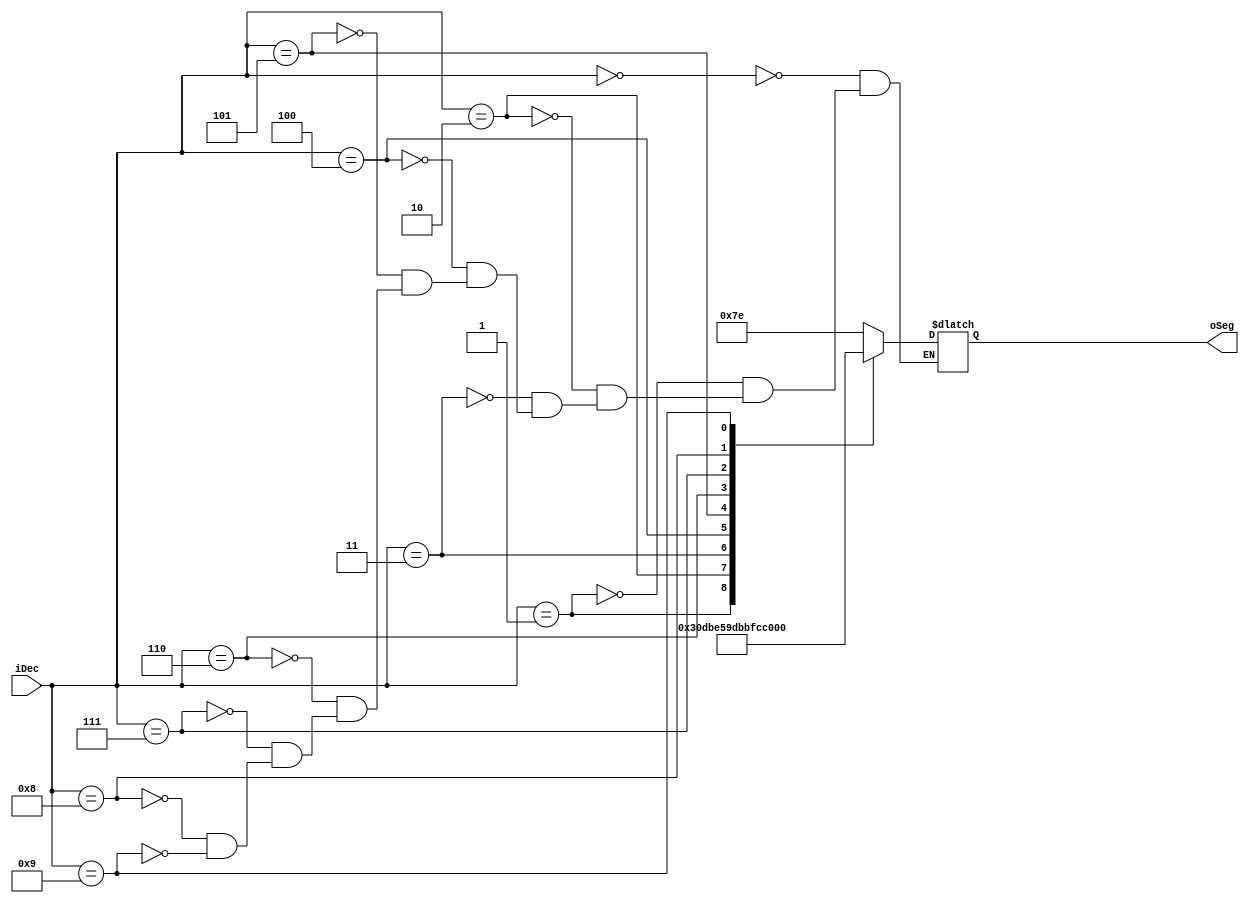
`timescale 1ns / 1ps
//////////////////////////////////////////////////////////////////////////////////
// Company: 
// Engineer: 
// 
// Design Name: 
// Module Name: Dec27SegDecoder
// Project Name: 
// Target Devices: 
// Tool Versions: 
// Description: 
// 
// Dependencies: 
// 
// Revision:
// Revision 0.01 - File Created
// Additional Comments:
// 
//////////////////////////////////////////////////////////////////////////////////


module Dec27SegDecoder(
    input   [3:0]   iDec,
    
    output  [6:0]   oSeg
    );
    
    reg [6:0] rSeg;
    
    always@(*) begin
        case(iDec)
            4'd0 : rSeg = 7'b111_1110;
            4'd1 : rSeg = 7'b011_0000;
            4'd2 : rSeg = 7'b110_1101;
            4'd3 : rSeg = 7'b111_1001;
            4'd4 : rSeg = 7'b011_0011;
            4'd5 : rSeg = 7'b101_1011;
            4'd6 : rSeg = 7'b101_1111;
            4'd7 : rSeg = 7'b111_0010;
            4'd8 : rSeg = 7'b111_1111;
            4'd9 : rSeg = 7'b111_1011;
        endcase
    end
    
    assign oSeg[6:0] = rSeg[6:0];
    
endmodule